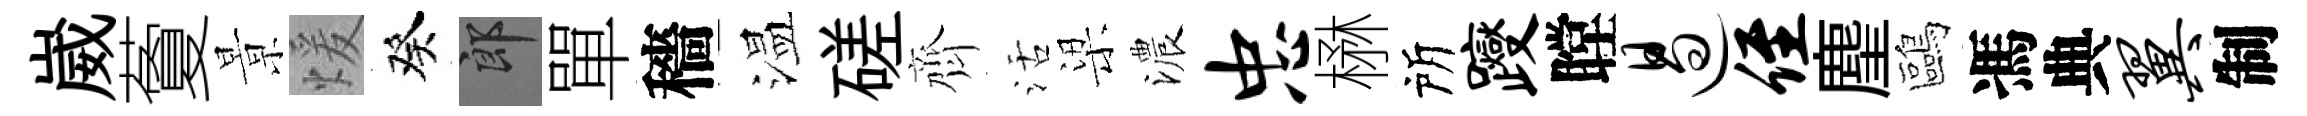
崴藑㬌煖癸郎單穡温磋齊活梁濃忠楙所躞瞠遏侄麈鷗馮典翼制